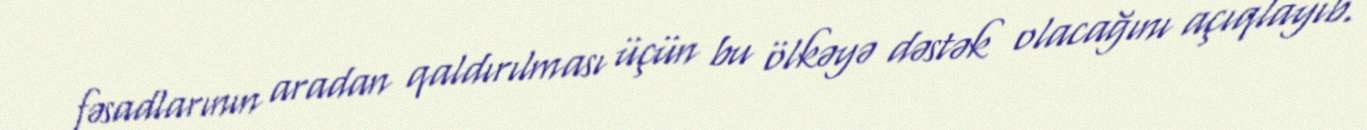
fəsadlarının aradan qaldırılması üçün bu ölkəyə dəstək olacağını açıqlayıb.